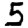
Digit: 5